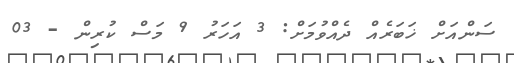
ސަންއަށް ޚަބަރެއް ދެއްވުމަށް: 3 އަހަރު 9 މަސް ކުރިން - 03